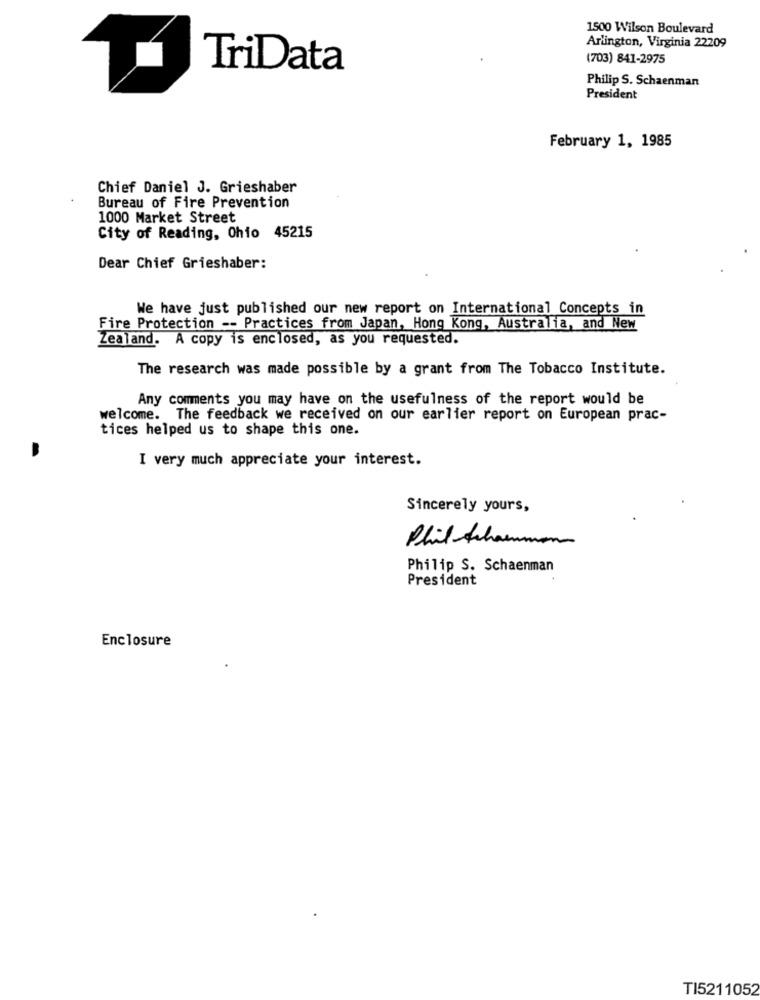
1500 Wilson Boulevard
Arlington, Virginia 22209
(703) 841-2975
TriData
Philip S. Schaenman
President
February 1, 1985
Chief Daniel J. Grieshaber
Bureau of Fire Prevention
1000 Market Street
City of Reading, Ohio 45215
Dear Chief Grieshaber:
We have just published our new report on International Concepts in
Fire Protection -- Practices from Japan, Hong Kong, Australia, and New
Zealand. A copy is enclosed, as you requested.
The research was made possible by a grant from The Tobacco Institute.
Any comments you may have on the usefulness of the report would be
welcome. The feedback we received on our earlier report on European prac-
tices helped us to shape this one.
I very much appreciate your interest.
Sincerely yours,
Phil-teharmon
Philip S. Schaenman
President
Enclosure
TI5211052